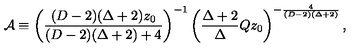
{ \cal A } \equiv \left( { \frac { ( D - 2 ) ( \Delta + 2 ) z _ { 0 } } { ( D - 2 ) ( \Delta + 2 ) + 4 } } \right) ^ { - 1 } \left( { \frac { \Delta + 2 } { \Delta } } Q z _ { 0 } \right) ^ { - { \frac { 4 } { ( D - 2 ) ( \Delta + 2 ) } } } ,